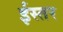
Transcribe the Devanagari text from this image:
ईस्तर